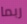
ربما